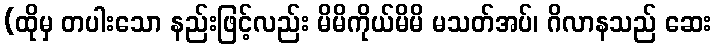
(ထိုမှ တပါးသော နည်းဖြင့်လည်း မိမိကိုယ်မိမိ မသတ်အပ်၊ ဂိလာနသည် ဆေး